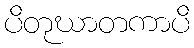
ပိတုဃာတကာပိ